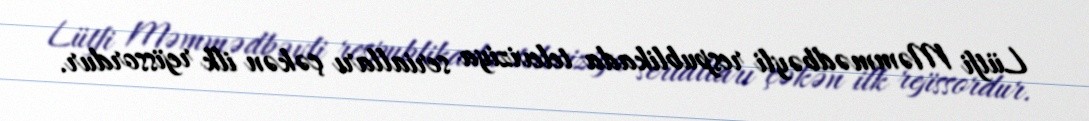
Lütfi Məmmədbəyli respublikada televiziya serialları çəkən ilk rejissordur.